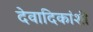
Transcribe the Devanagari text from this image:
देवादिकांशी